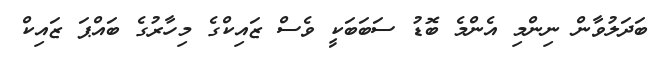
ބަދަލުވާން ނިންމި އެންމެ ބޮޑު ސަބަބަކީ ވެސް ޒައިކްގެ މިހާރުގެ ބައްޕަ ޒައިކް